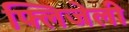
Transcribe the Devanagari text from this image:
फ्लिजेली